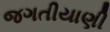
જગતીયાણી